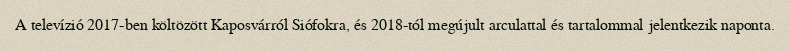
A televízió 2017-ben költözött Kaposvárról Siófokra, és 2018-tól megújult arculattal és tartalommal jelentkezik naponta.